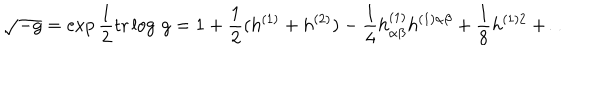
LaTeX: \sqrt { - g } = \exp { \frac { 1 } { 2 } } \mathrm { t r } \log \, g = 1 + { \frac { 1 } { 2 } } ( h ^ { ( 1 ) } + h ^ { ( 2 ) } ) - { \frac { 1 } { 4 } } h _ { \alpha \beta } ^ { ( 1 ) } h ^ { ( 1 ) \alpha \beta } + { \frac { 1 } { 8 } } h ^ { ( 1 ) 2 } + \ldots